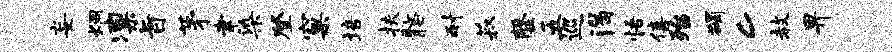
妄炯凛旨茅聿染登窠培扶髂耐菽罄五巡渴悟僖殆蠲c赦畀